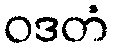
ဝဒတံ